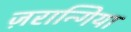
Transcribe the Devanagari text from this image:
ज़रान्गिया